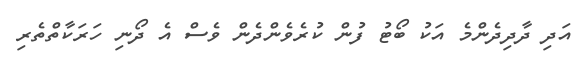
އަދި ދާދިދެންމެ އަކު ބޯޓު ފުން ކުރެވެންދެން ވެސް އެ ދޯނި ހަރަކާތްތެރި